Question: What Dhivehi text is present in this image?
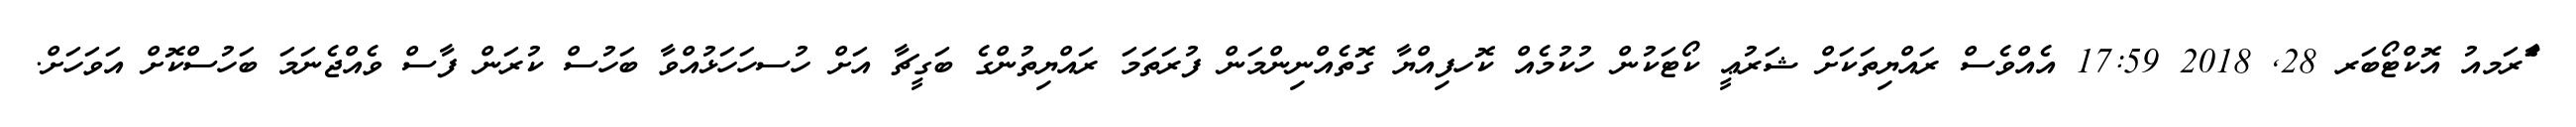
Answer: ާަެރަމއު އޮކްޓޯބަރ 28, 2018 17:59 އެއްވެސް ރައްޔިތަކަށް ޝަރުޢީ ކޯޓަކުން ހުކުމެއް ކޮހފިއްޔާ ގޮތެއްނިންމަން ފުރަތަމަ ރައްޔިތުންގެ ބަގީޗާ އަށް ހުސހަހަޅުއްވާ ބަހުސް ކުރަން ފާސް ވެއްޖެނަމަ ބަހުސްކޮށް އަވަހަށް.